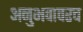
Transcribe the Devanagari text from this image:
अनुभवावरच